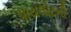
પાયલોટની